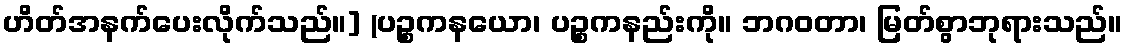
ဟိတ်အနက်ပေးလိုက်သည်။] (ပဉ္စကနယော၊ ပဉ္စကနည်းကို။ ဘဂဝတာ၊ မြတ်စွာဘုရားသည်။